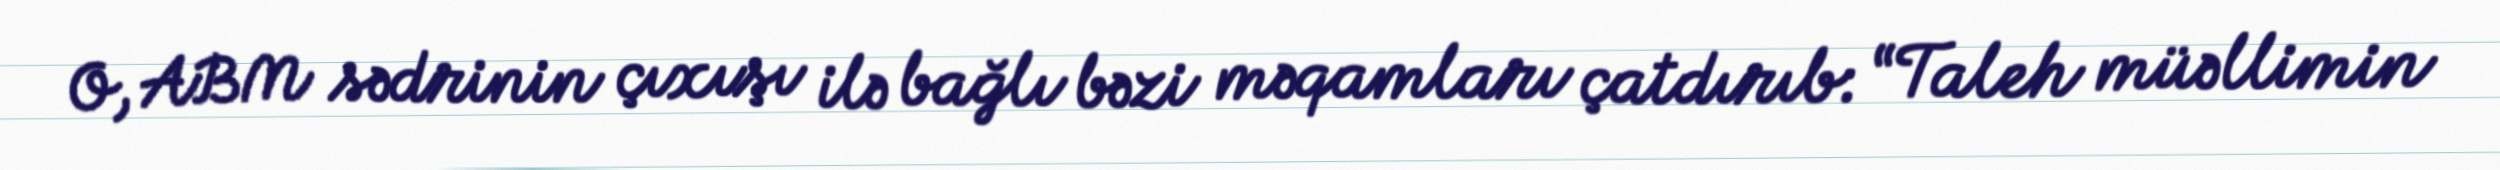
O, ABM sədrinin çıxışı ilə bağlı bəzi məqamları çatdırıb: “Taleh müəllimin